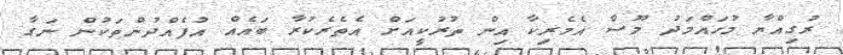
ރުގިއްޔާ މުހައްމަދު މޫސާ އެމެރިކާ އިން ތުރުކީއަށް އެތެރެކުރާ ބައެއް އުފެއްދުންތަކުން ނަގާ